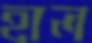
হাল